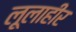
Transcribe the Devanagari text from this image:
लूलाहीर